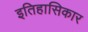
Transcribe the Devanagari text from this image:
इतिहासिकार